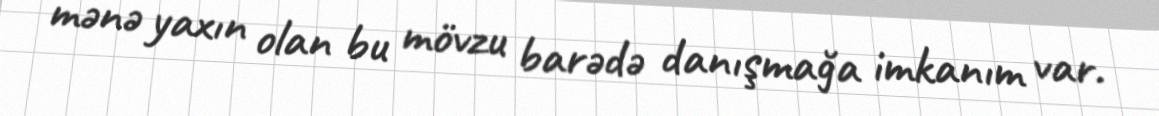
mənə yaxın olan bu mövzu barədə danışmağa imkanım var.